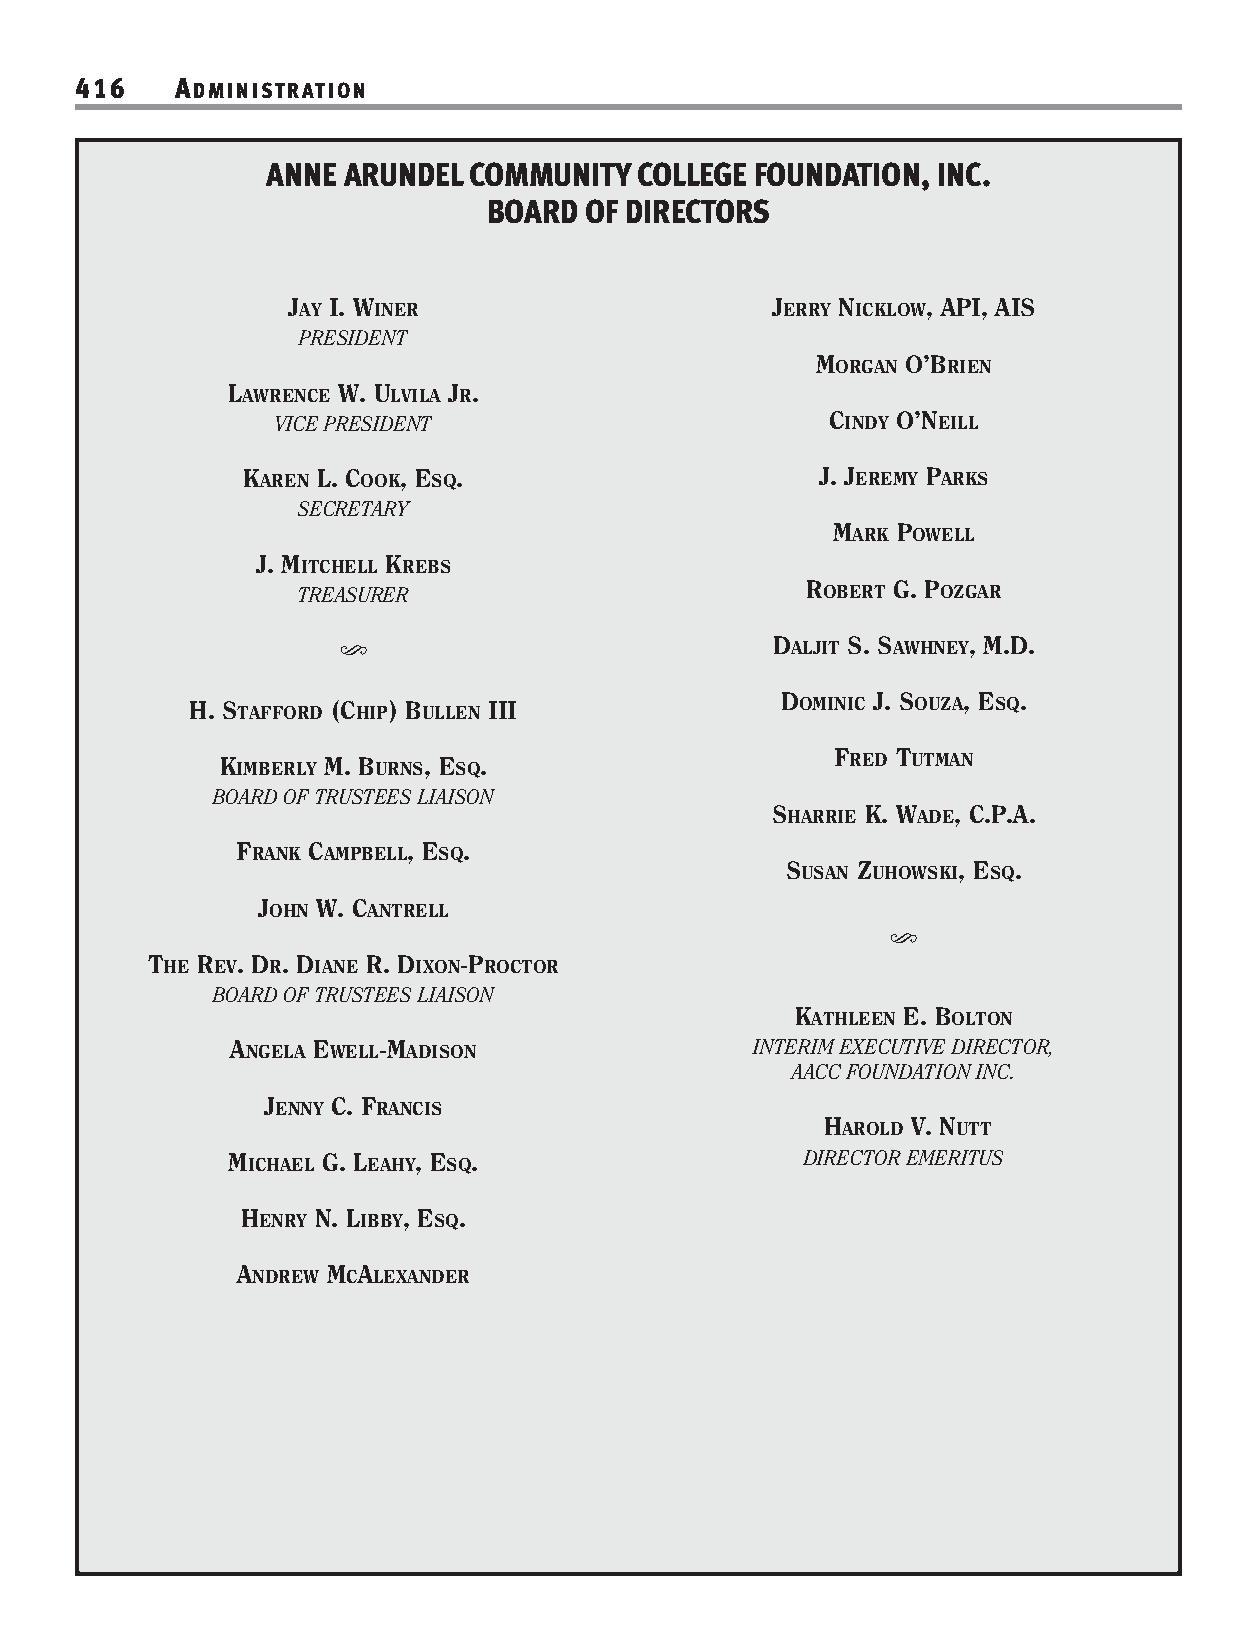
416    ADMINISTRATION
 ANNE ARUNDEL COMMUNITY  COLLEGE FOUNDATION, INC.
 BOARD  OF DIRECTORS
 JAY I. WINER                    JERRY NICKLOW, API, AIS
 PRESIDENT
 MORGAN O’BRIEN
 LAWRENCE W. ULVILA JR.
 VICE PRESIDENT                       CINDY O’NEILL
 KAREN L. COOK, ESQ.                   J. JEREMY PARKS
 SECRETARY
 MARK POWELL
 J. MITCHELL KREBS
 TREASURER
 ROBERT G. POZGAR
 DALJIT S. SAWHNEY, M.D.
 s
 H. STAFFORD (CHIP) BULLEN III
 DOMINIC J. SOUZA, ESQ.
 KIMBERLY M. BURNS, ESQ.
 FRED TUTMAN
 BOARD OF TRUSTEES LIAISON
 SHARRIE K. WADE, C.P.A.
 FRANK CAMPBELL, ESQ.
 SUSAN ZUHOWSKI, ESQ.
 JOHN W. CANTRELL
 s
 THE REV. DR. DIANE R. DIXON-PROCTOR
 BOARD OF TRUSTEES LIAISON
 KATHLEEN E. BOLTON
 ANGELA EWELL-MADISON               INTERIM EXECUTIVE DIRECTOR,
 AACC FOUNDATION INC.
 JENNY C. FRANCIS
 HAROLD V. NUTT
 MICHAEL G. LEAHY, ESQ.                DIRECTOR EMERITUS
 HENRY N. LIBBY, ESQ.
 ANDREW MCALEXANDER